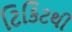
ટિકિટથી